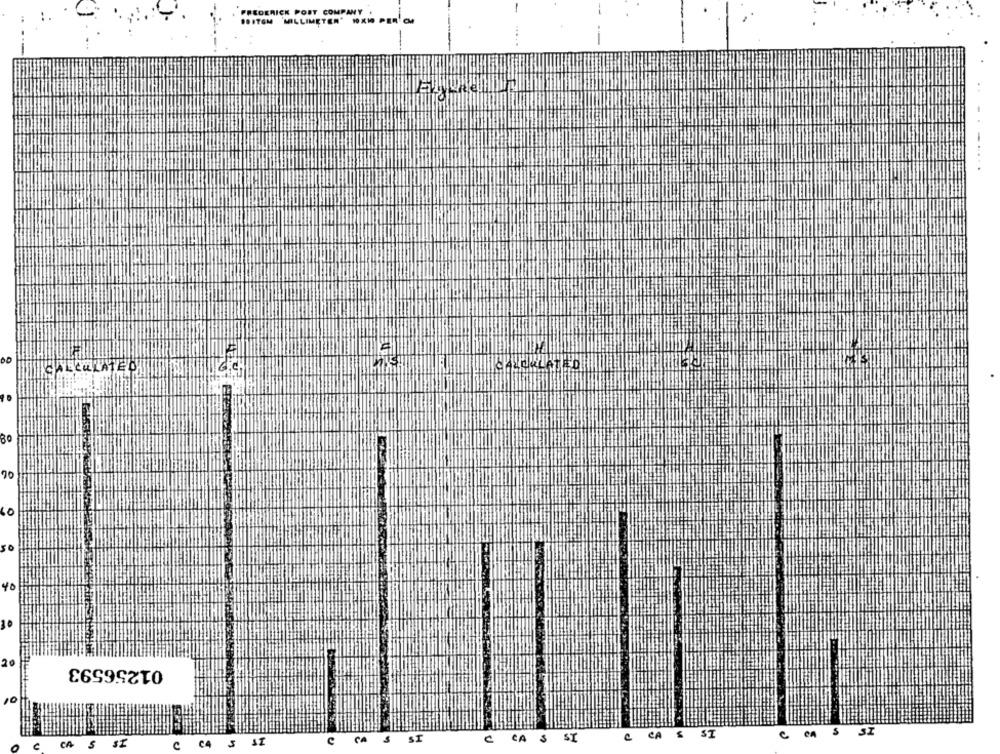
FREDERICK POST COMPANY .
BOITGM MILLIMETER' NOXIO PER CM
00
CALCULATED
80
70
0
40
20
01256593
10
S SI
C CA S SI
C CA $ SI
CA
& ST
CA
5
ST
C4
SI